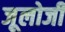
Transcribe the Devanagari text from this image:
जूलोजी